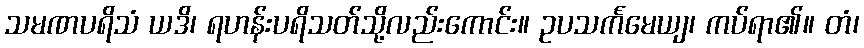
သမဏပရိသံ ယဒိ၊ ရဟန်းပရိသတ်သို့လည်းကောင်း။ ဥပသင်္ကမေယျ၊ ကပ်ရာ၏။ တံ၊